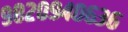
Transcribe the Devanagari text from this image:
९८२०९४०६३६